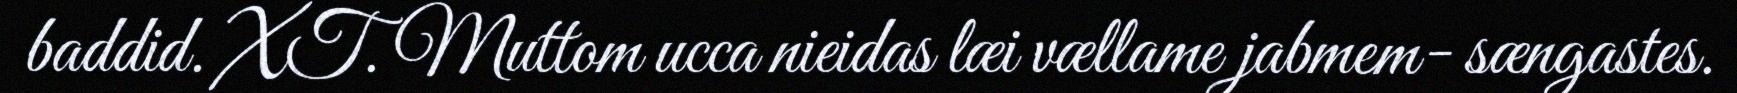
baddid. XT. Muttom ucca nieidas læi vællame jabmem- sængastes.